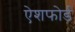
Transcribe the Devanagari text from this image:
ऐशफोर्ड